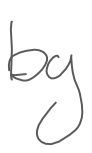
Text: by
Cross-out: clean
Writing tool: digital_gray